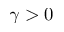
\gamma > 0